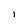
Character: I